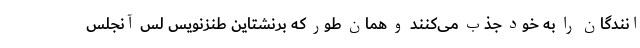
انندگان را به خود جذب می‌کنند و همان طور که برنشتاین طنزنویس لس آنجلس